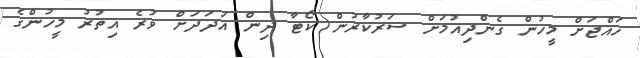
ހައްޖަށް މީހުން ގެންދިއުމަށް ސަރުކާރުން ކޯޓާ ދިން އަދަދަށް ވުރެ އިތުރު މީހުންގެ